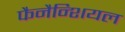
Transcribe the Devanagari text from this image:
फैनैन्शियल